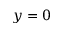
y = 0